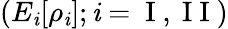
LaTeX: (E_{\mathit{i}}[\rho_{\mathit{i}}];\mathit{i}=\mathrm{{~I~,~I~I~}})